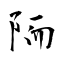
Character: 陑